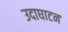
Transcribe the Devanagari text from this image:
उदाघाटन